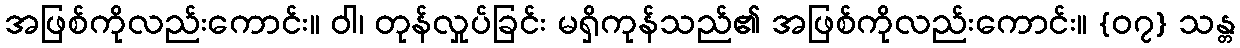
အဖြစ်ကိုလည်းကောင်း။ ဝါ၊ တုန်လှုပ်ခြင်း မရှိကုန်သည်၏ အဖြစ်ကိုလည်းကောင်း။ {၀၇} သန္တ